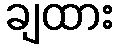
ချထား